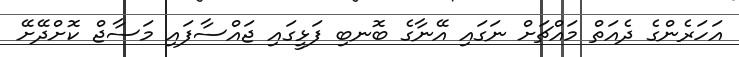
އަހަރެންގެ ދެއަތް މައްޗަށް ނަގައި އޭނާގެ ބޮނބި ފަޅީގައި ޖައްސާފައި މަސާޖް ކޮށްދޭށޭ